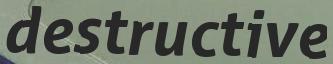
destructive